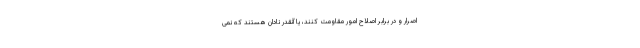
اصرار و در برابر اصلاح امور مقاومت کنند، یا آنقدر نادان هستند که نمی